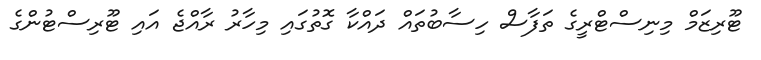
ޓޫރިޒަމް މިނިސްޓްރީގެ ތަފާސް ހިސާބުތައް ދައްކާ ގޮތުގައި މިހާރު ރާއްޖެ އައި ޓޫރިސްޓުންގެ